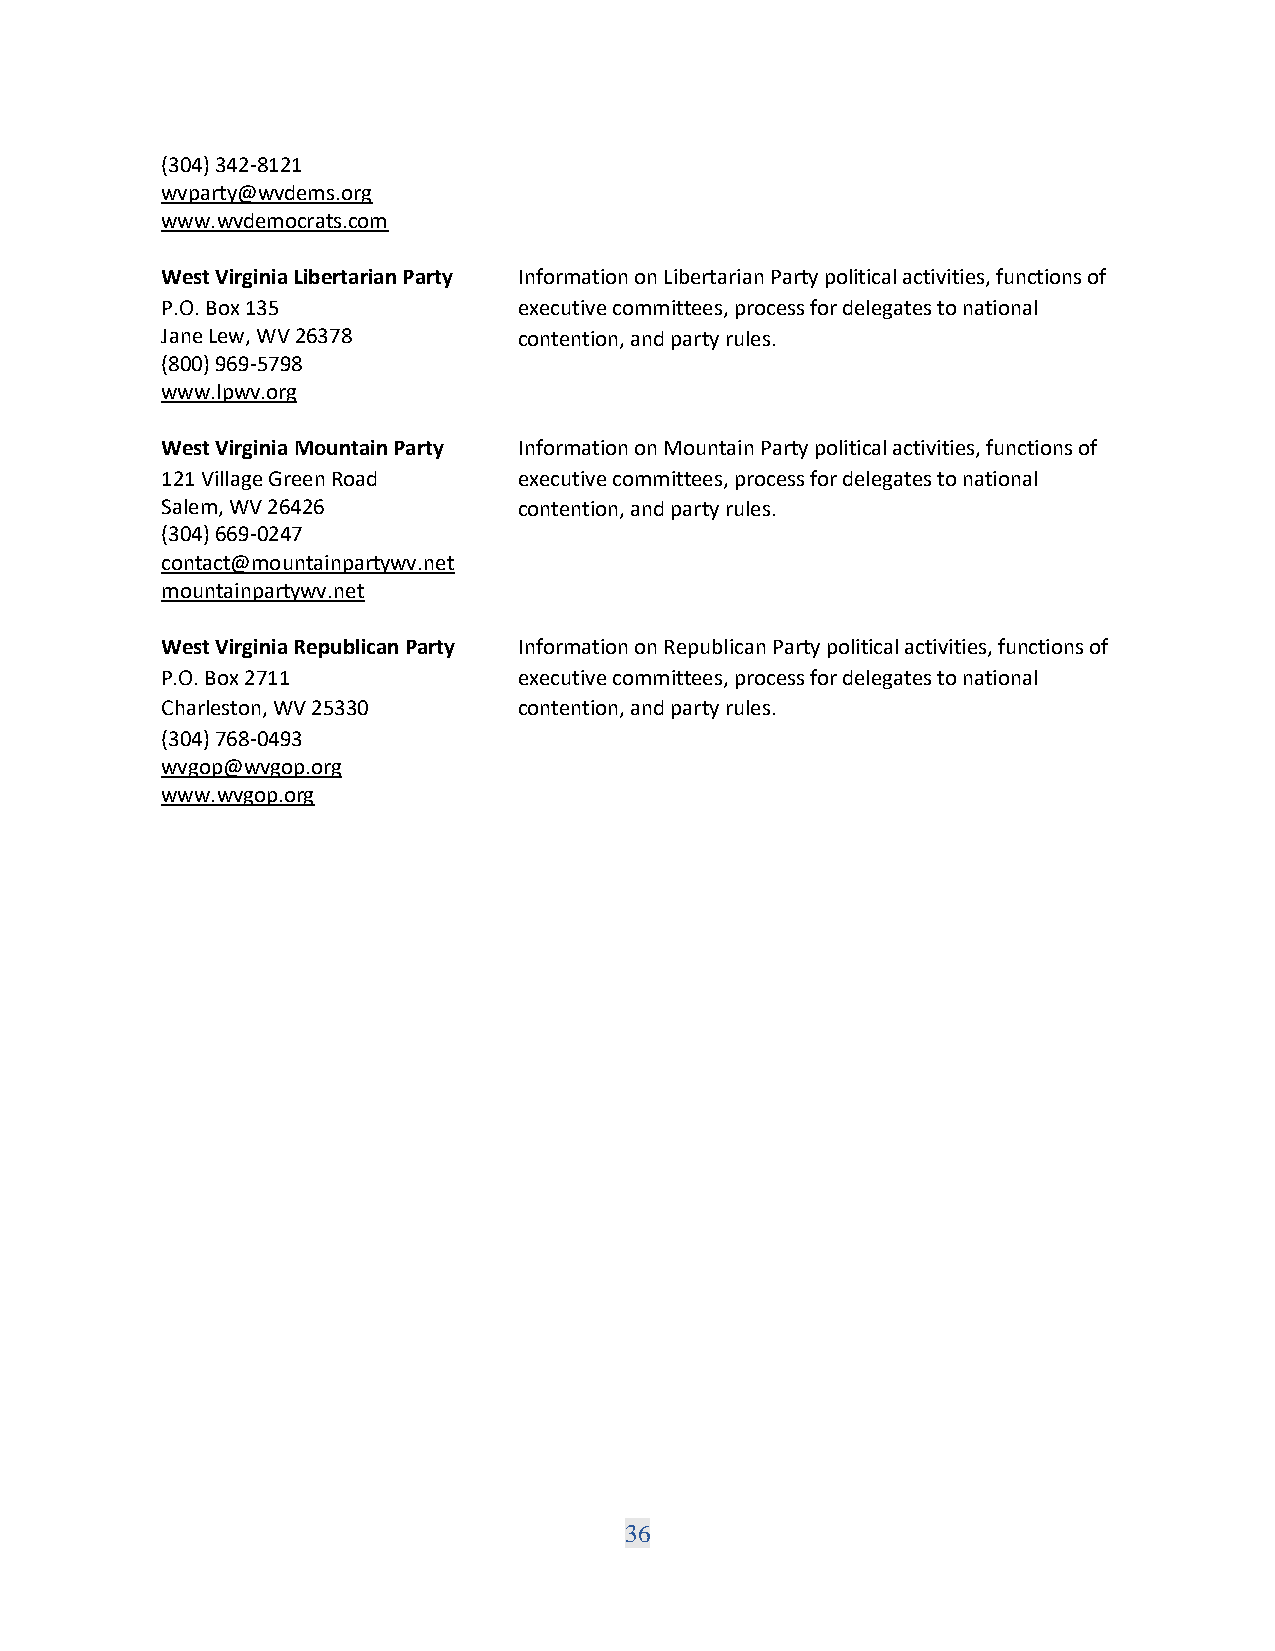
(304) 342-8121
 wvparty@wvdems.org
 www.wvdemocrats.com
 West Virginia Libertarian Party Information on Libertarian Party political activities, functions of
 P.O. Box 135           executive committees, process for delegates to national
 Jane Lew, WV 26378     contention, and party rules.
 (800) 969-5798
 www.lpwv.org
 West Virginia Mountain Party Information on Mountain Party political activities, functions of
 121 Village Green Road executive committees, process for delegates to national
 Salem, WV 26426        contention, and party rules.
 (304) 669-0247
 contact@mountainpartywv.net
 mountainpartywv.net
 West Virginia Republican Party Information on Republican Party political activities, functions of
 P.O. Box 2711          executive committees, process for delegates to national
 Charleston, WV 25330   contention, and party rules.
 (304) 768-0493
 wvgop@wvgop.org
 www.wvgop.org
 36